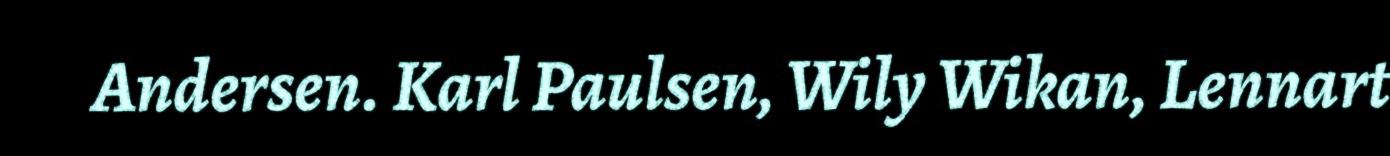
Andersen. Karl Paulsen, Wily Wikan, Lennart